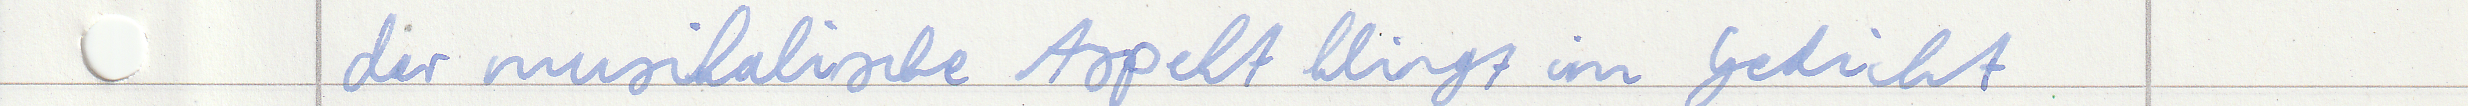
der musikalische Aspekt klingt im Gedicht